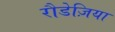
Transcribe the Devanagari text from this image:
रौडेज़िया